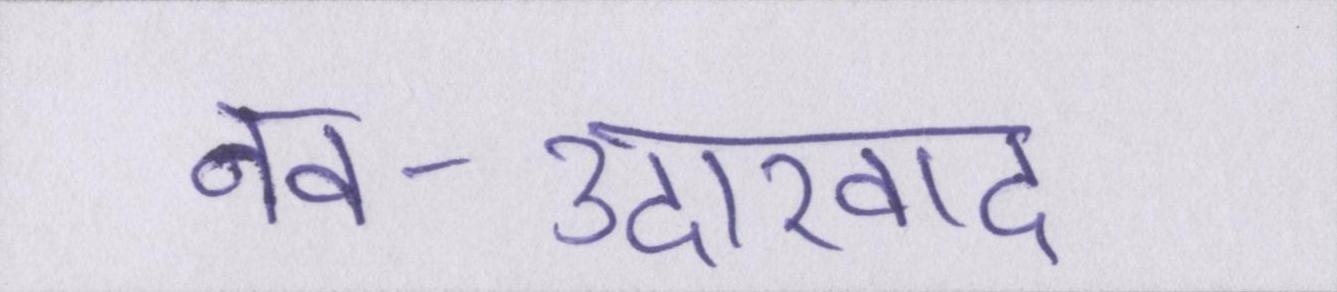
नव-उदारवाद